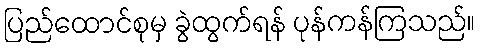
ပြည်ထောင်စုမှ ခွဲထွက်ရန် ပုန်ကန်ကြသည်။